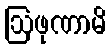
ဩဖုဏာမိ